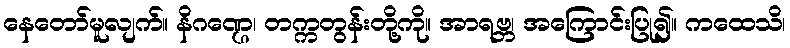
နေတော်မူလျက်။ နိဂဏ္ဌေ၊ တက္ကတွန်းတို့ကို။ အာရဗ္ဘ၊ အကြောင်းပြု၍။ ကထေသိ၊